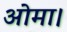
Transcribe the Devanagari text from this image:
ओमा।